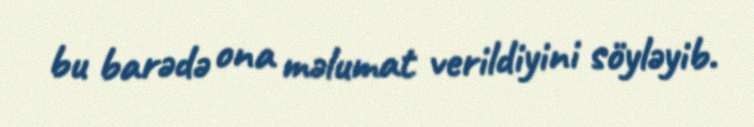
bu barədə ona məlumat verildiyini söyləyib.